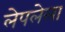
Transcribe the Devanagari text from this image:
लेपलेला